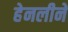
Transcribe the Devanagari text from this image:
हेनलीने